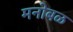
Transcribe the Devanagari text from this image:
मनोबळ